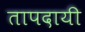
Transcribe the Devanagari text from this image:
तापदायी